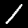
Label: 1